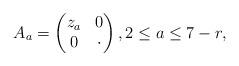
LaTeX: \begin{align*}A_a=\begin{pmatrix} z_a&0\\0&\cdot\end{pmatrix},2\leq a\leq 7-r,\end{align*}